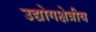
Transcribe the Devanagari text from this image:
उद्योगक्षेत्रीय